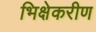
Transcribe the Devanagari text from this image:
भिक्षेकरीण